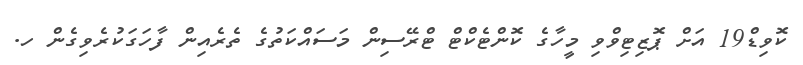
ކޮވިޑް19 އަށް ޕޮޒިޓިވްވި މީހާގެ ކޮންޓެކްޓް ޓްރޭސިން މަސައްކަތުގެ ތެރެއިން ފާހަގަކުރެވިގެން ހ.